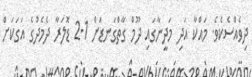
ދިވެއްސެކެވެ. މައްކާ އަދި މަދީނާގައި ދޫމް ގާތްގަނޑަށް 1-2 ޑޮލަރާ ދެމެދުގެ އަގަކަށް